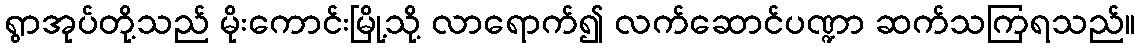
ရွာအုပ်တို့သည် မိုးကောင်းမြို့သို့ လာရောက်၍ လက်ဆောင်ပဏ္ဍာ ဆက်သကြရသည်။